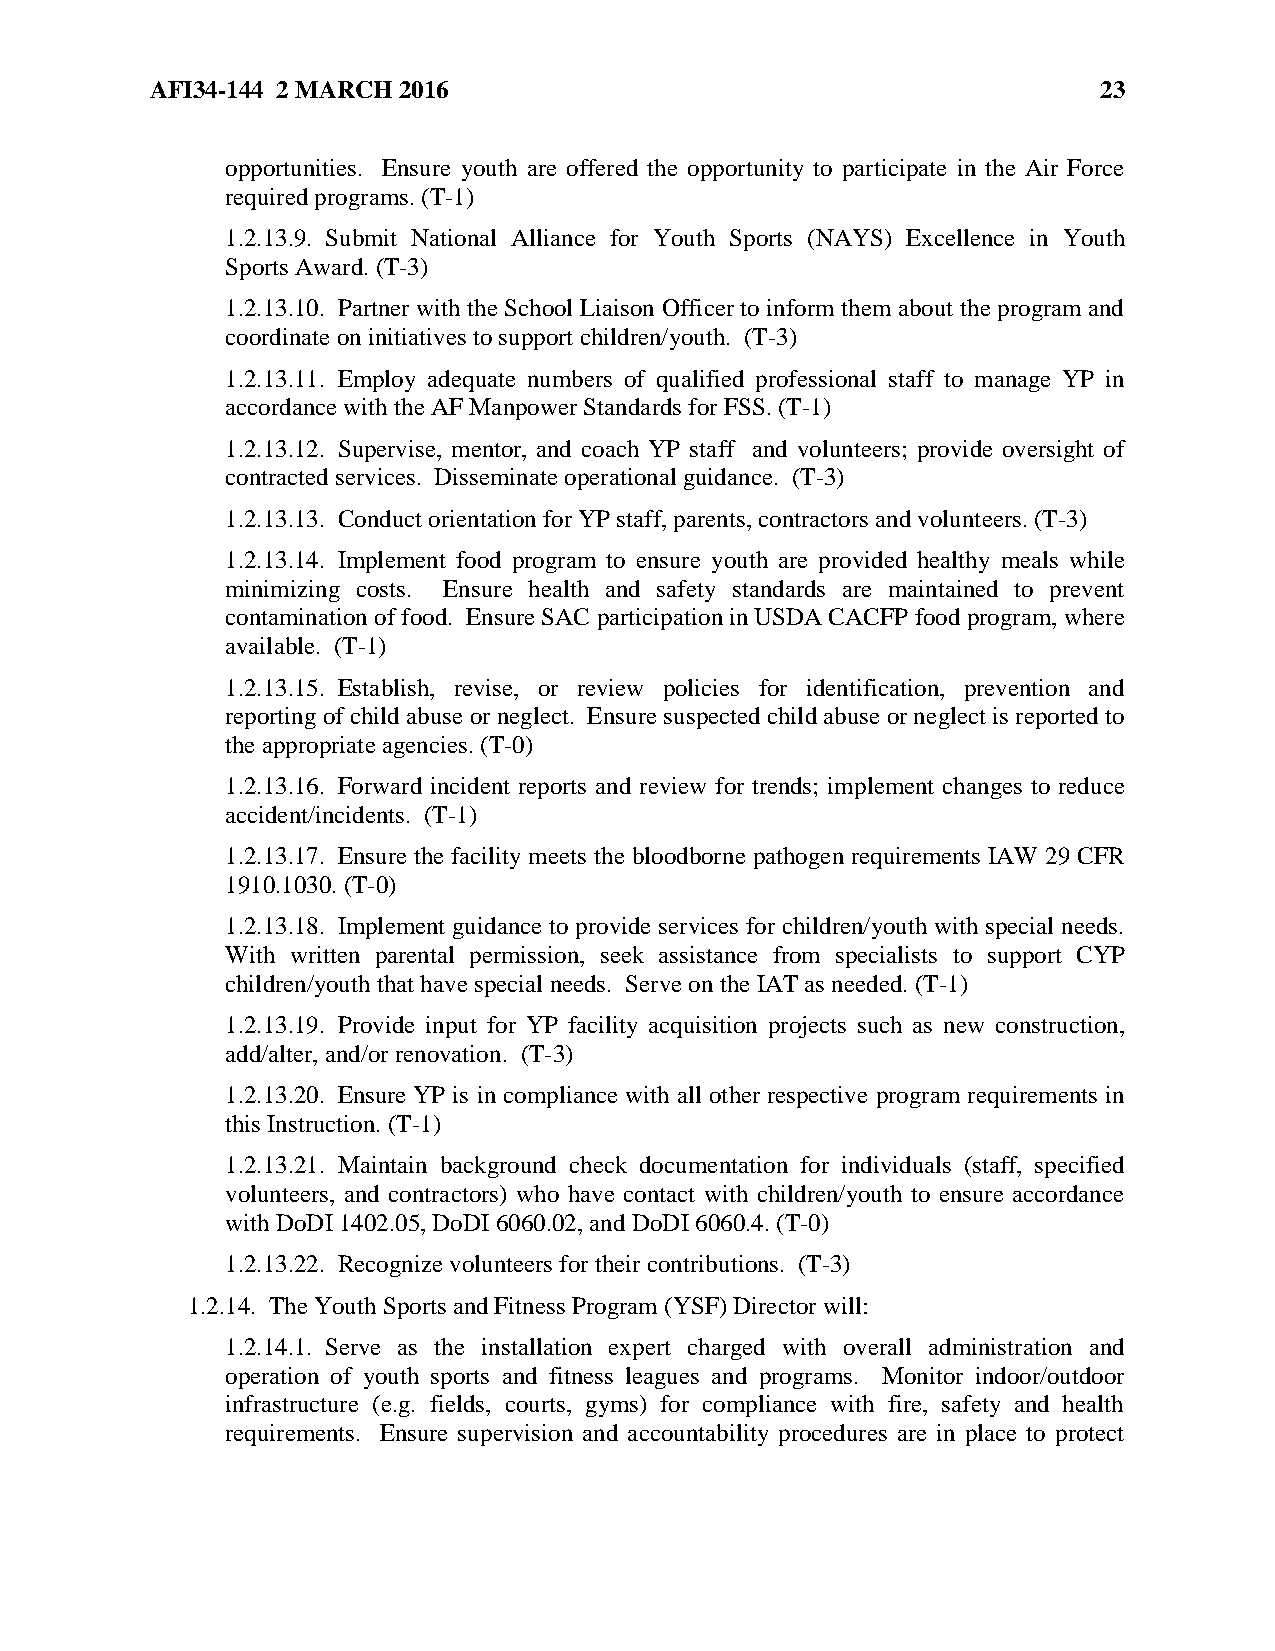
AFI34-144 2 MARCH 2016                                         23
 opportunities. Ensure youth are offered the opportunity to participate in the Air Force
 required programs. (T-1)
 1.2.13.9. Submit National Alliance for Youth Sports (NAYS) Excellence in Youth
 Sports Award. (T-3)
 1.2.13.10. Partner with the School Liaison Officer to inform them about the program and
 coordinate on initiatives to support children/youth. (T-3)
 1.2.13.11. Employ adequate numbers of qualified professional staff to manage YP in
 accordance with the AF Manpower Standards for FSS. (T-1)
 1.2.13.12. Supervise, mentor, and coach YP staff and volunteers; provide oversight of
 contracted services. Disseminate operational guidance. (T-3)
 1.2.13.13. Conduct orientation for YP staff, parents, contractors and volunteers. (T-3)
 1.2.13.14. Implement food program to ensure youth are provided healthy meals while
 minimizing costs. Ensure health and safety standards are maintained to prevent
 contamination of food. Ensure SAC participation in USDA CACFP food program, where
 available. (T-1)
 1.2.13.15. Establish, revise, or review policies for identification, prevention and
 reporting of child abuse or neglect. Ensure suspected child abuse or neglect is reported to
 the appropriate agencies. (T-0)
 1.2.13.16. Forward incident reports and review for trends; implement changes to reduce
 accident/incidents. (T-1)
 1.2.13.17. Ensure the facility meets the bloodborne pathogen requirements IAW 29 CFR
 1910.1030. (T-0)
 1.2.13.18. Implement guidance to provide services for children/youth with special needs.
 With written parental permission, seek assistance from specialists to support CYP
 children/youth that have special needs. Serve on the IAT as needed. (T-1)
 1.2.13.19. Provide input for YP facility acquisition projects such as new construction,
 add/alter, and/or renovation. (T-3)
 1.2.13.20. Ensure YP is in compliance with all other respective program requirements in
 this Instruction. (T-1)
 1.2.13.21. Maintain background check documentation for individuals (staff, specified
 volunteers, and contractors) who have contact with children/youth to ensure accordance
 with DoDI 1402.05, DoDI 6060.02, and DoDI 6060.4. (T-0)
 1.2.13.22. Recognize volunteers for their contributions. (T-3)
 1.2.14. The Youth Sports and Fitness Program (YSF) Director will:
 1.2.14.1. Serve as the installation expert charged with overall administration and
 operation of youth sports and fitness leagues and programs. Monitor indoor/outdoor
 infrastructure (e.g. fields, courts, gyms) for compliance with fire, safety and health
 requirements. Ensure supervision and accountability procedures are in place to protect